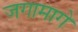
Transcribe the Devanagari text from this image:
जगामागे